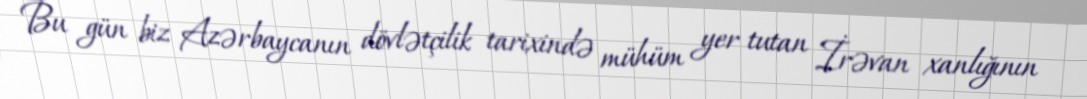
Bu gün biz Azərbaycanın dövlətçilik tarixində mühüm yer tutan İrəvan xanlığının